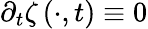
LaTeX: \partial_{t}\zeta\left(\cdot,t\right)\equiv 0